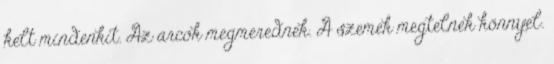
kelt mindenkit. Az arcok megmerednek. A szemek megtelnek könnyel.